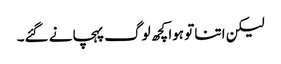
لیکن اتنا تو ہوا کچھ لوگ پہچانے گئے۔